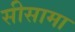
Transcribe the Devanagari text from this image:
सीसामा